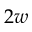
2 w